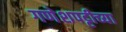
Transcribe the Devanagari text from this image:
गणेशपट्टीच्या